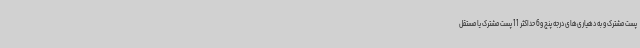
پست مشترک و به دهیاری‌های درجه پنج و6 حداکثر 11 پست مشترک یا مستقل